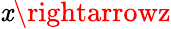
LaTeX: \mathit{x}\rightarrowz